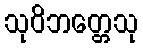
သုဝိဘတ္တေသု